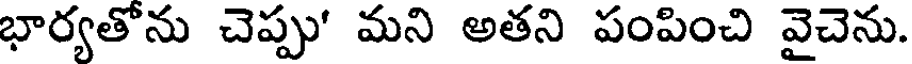
భార్యతోను చెప్పు' మని అతని పంపించి వైచెను.